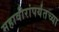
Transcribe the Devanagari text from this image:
महावीरांपर्यंतच्या